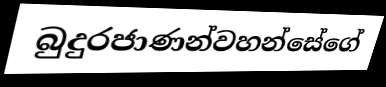
බුදුරජාණන්වහන්සේගේ